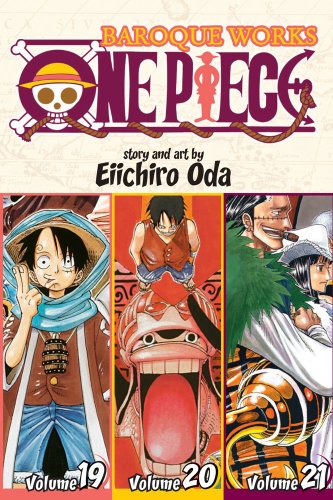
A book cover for One Piece: Baroque Works 19-20-21; Eiichiro Oda; Comics & Graphic Novels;